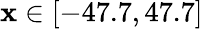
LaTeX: \mathbf{x}\in[-47.7,47.7]